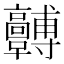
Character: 𩫯